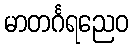
မာတင်္ဂရညေဝ